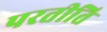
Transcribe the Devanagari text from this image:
परतीति